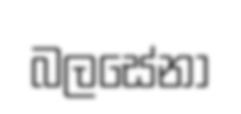
බලසේනා